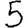
Digit: 5